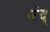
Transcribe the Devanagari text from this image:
मंद्